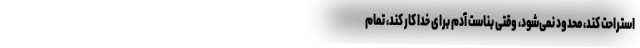
استراحت کند، محدود نمی‌شود، وقتی بناست آدم برای خدا کار کند، تمام